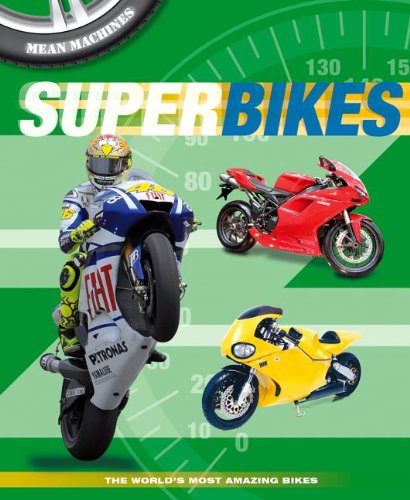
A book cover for Superbikes (Mean Machines); Paul Harrison; Children's Books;